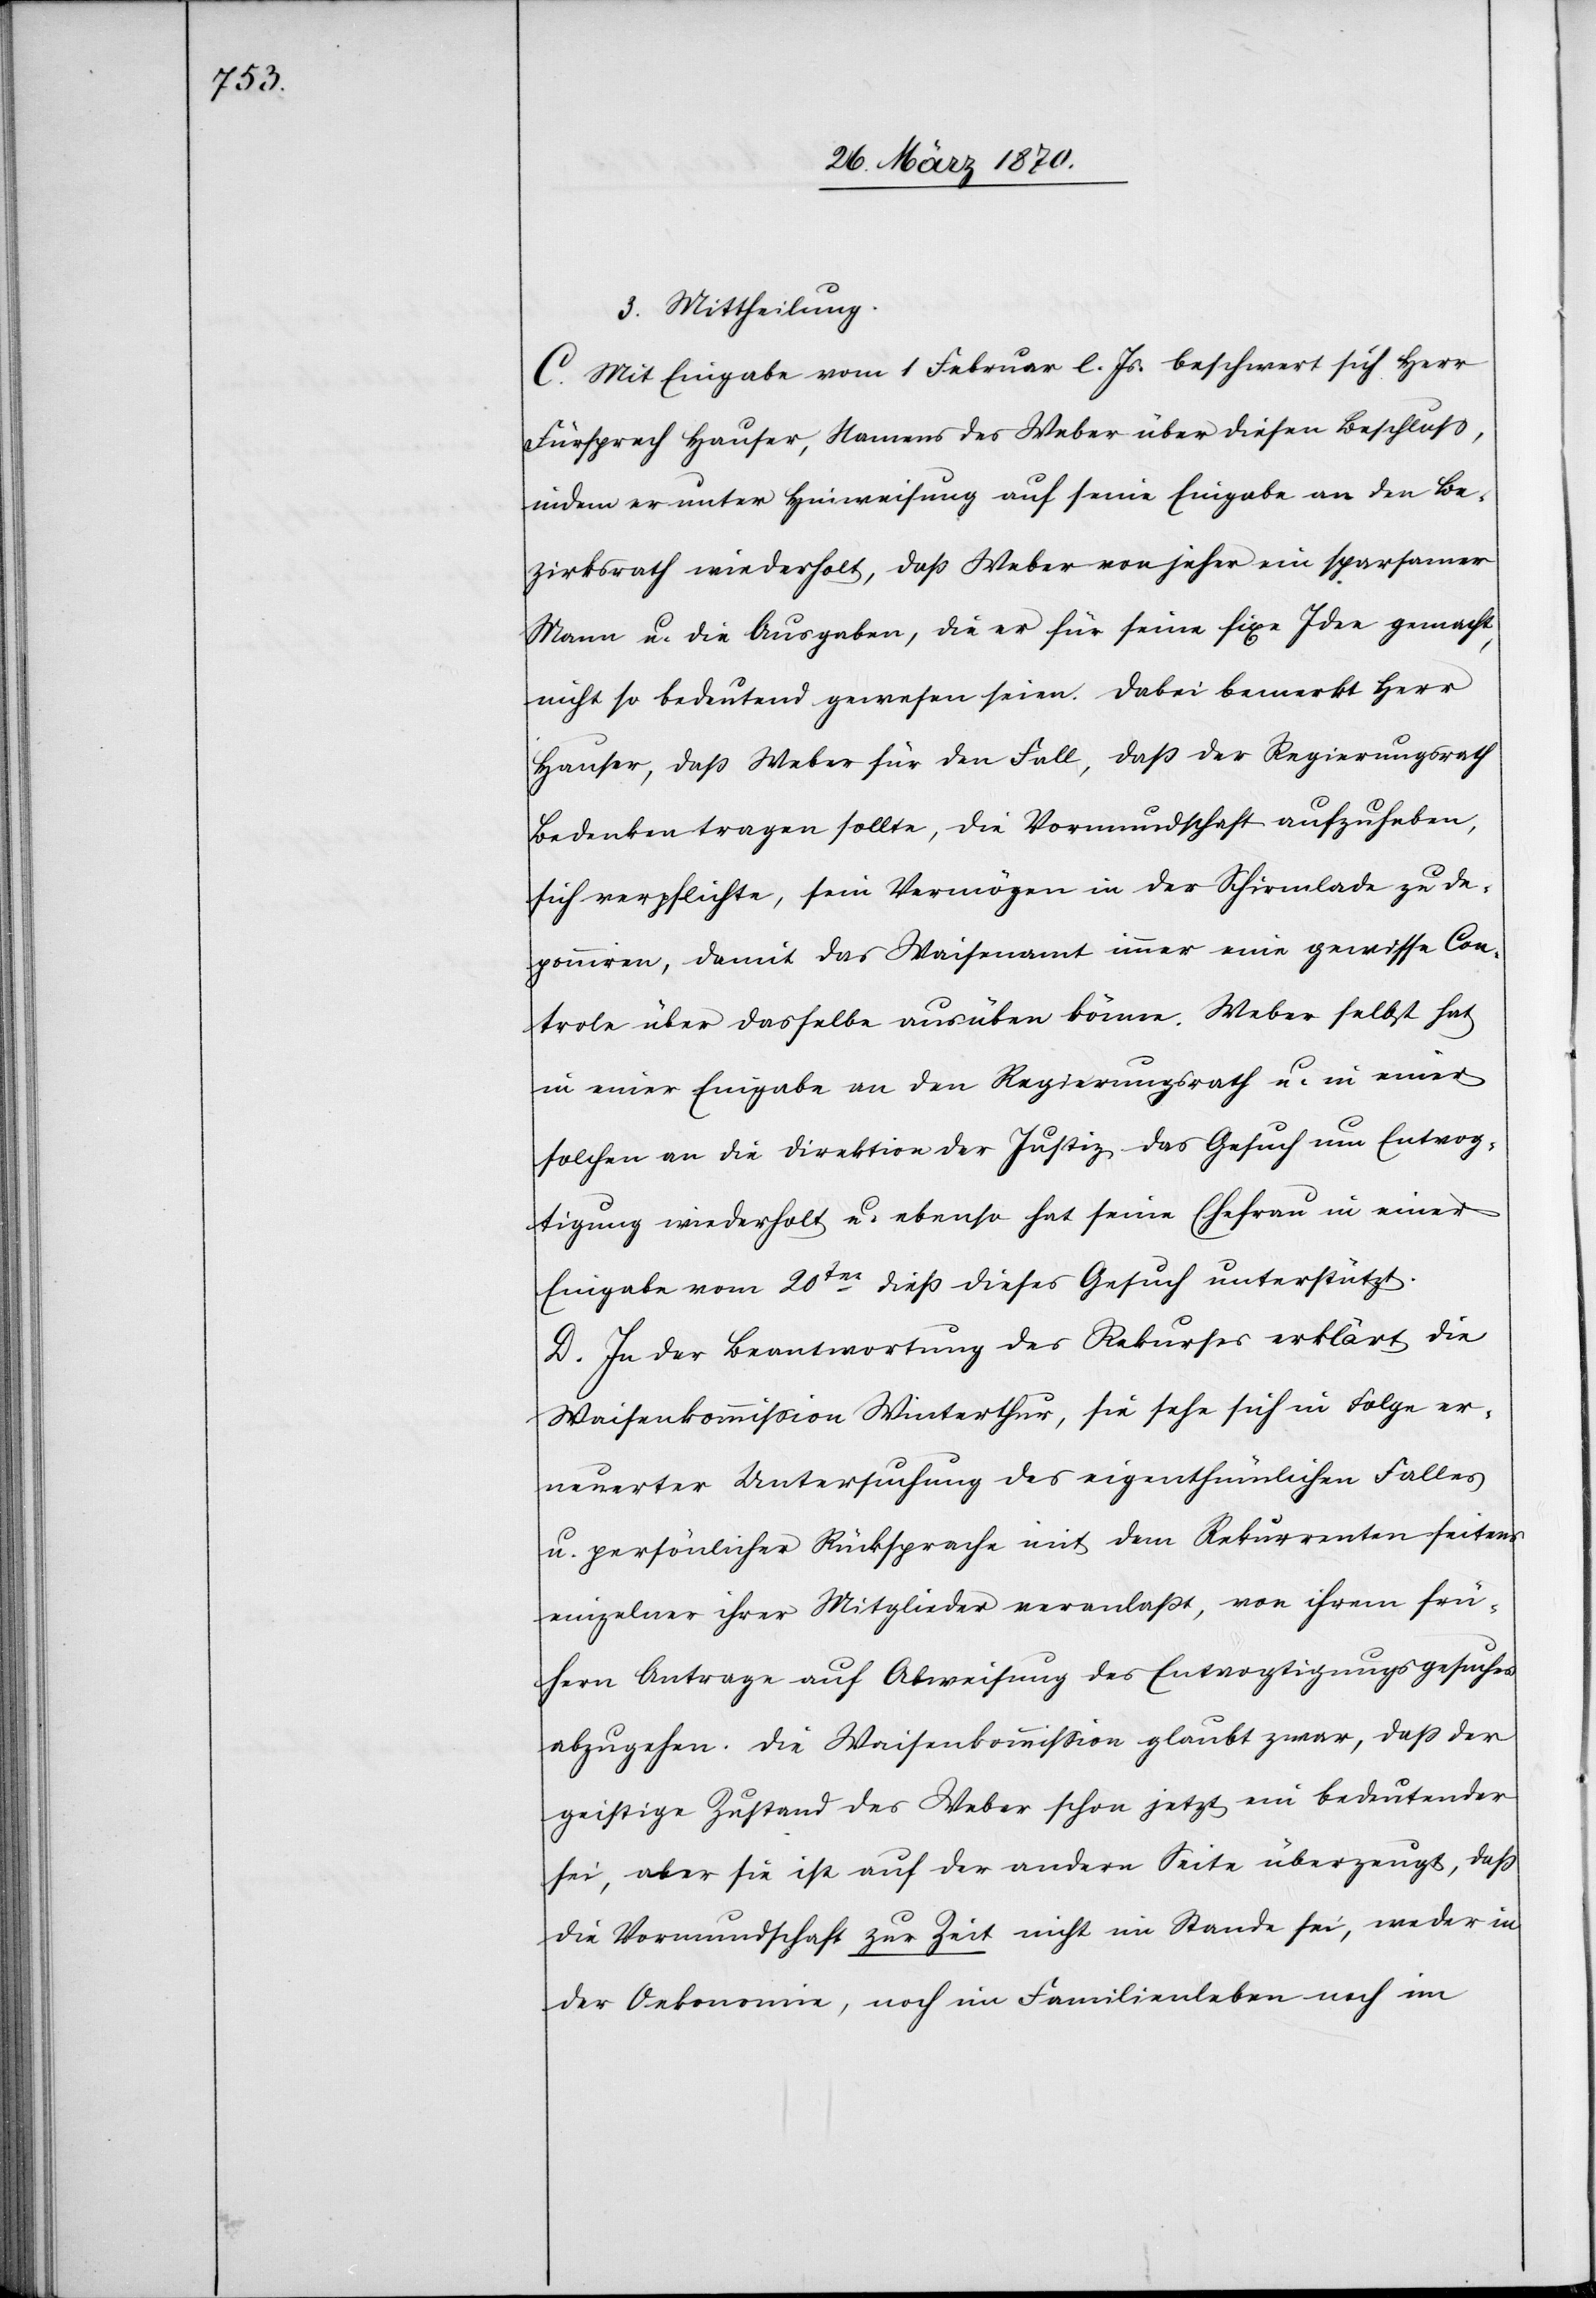
3. Mittheilung.
C. Mit Eingabe vom 1 Februar l. Js. beschwert sich Herr
Fürsprech Hauser, Namens des Weber über diesen Beschluß,
indem er unter Hinweisung auf seine Eingabe an den Be¬
zirksrath wiederholt, daß Weber von jeher ein sparsamer
Mann u. die Ausgaben, die er für seine fixe Idee gemacht,
nicht so bedeutend gewesen seien. Dabei bemerkt Herr
Hauser, daß Weber für den Fall, daß der Regierungsrath
Bedenken tragen sollte, die Vormundschaft aufzuheben,
sich verpflichte, sein Vermögen in der Schirmlade zu de¬
ponniren [sic!], damit das Waisenamt immer eine gewisse Con¬
trole über dasselbe ausüben könne. Weber selbst hat
in einer Eingabe an den Regierungsrath u. in einer
solchen an die Direktion der Justiz das Gesuch um Entvog¬
tigung wiederholt u. ebenso hat seine Ehefrau in einer
Eingabe vom 20ten dieß dieses Gesuch unterstützt.
D. In der Beantwortung des Rekurses erklärt die
Waisenkommission Winterthur, sie sehe sich in Folge er¬
neuerter Untersuchung des eigenthümlichen Falles
u. persönlicher Rücksprache mit dem Rekurrenten seitens
einzelner Mitglieder veranlaßt, von ihrem frü¬
hern Antrage auf Abweisung des Entvogtigungsgesuches
abzugehen. Die Waisenkommission glaubt zwar, daß der
geistige Zustand des Weber schon jetzt ein bedeutender
sei, aber sie ist auf der andern Seite überzeugt, daß
die Vormundschaft zur Zeit nicht im Stande sei, weder in
der Oekonomie, noch im Familienleben noch im